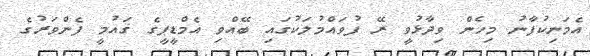
އެމަނިކުފާނު މިހެން ވިދާޅުވީ ރޭ ފުވައްމުލަކުގައި ބޭއްވި އެމްޑީޕީގެ ޤައުމީ ފެންވަރުގެ